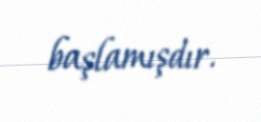
başlamışdır.